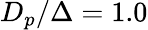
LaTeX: D_{p}/\Delta=1.0